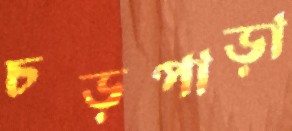
চড়পাড়া